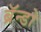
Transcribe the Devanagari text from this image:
ब्रॅन्डो